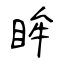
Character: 眸